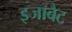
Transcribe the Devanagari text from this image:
इजाबैट